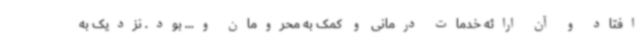
افتاد و آن ارائه خدمات درمانی و کمک به محرومان و... بود. نزدیک به